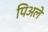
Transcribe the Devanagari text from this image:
पिअले